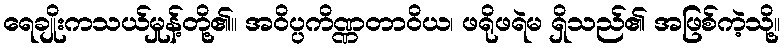
ရေချိုးကသယ်မှုန့်တို့၏။ အဝိပ္ပကိဏ္ဏတာဝိယ၊ ဖရိုဖရဲမ ရှိသည်၏ အဖြစ်ကဲ့သို့။